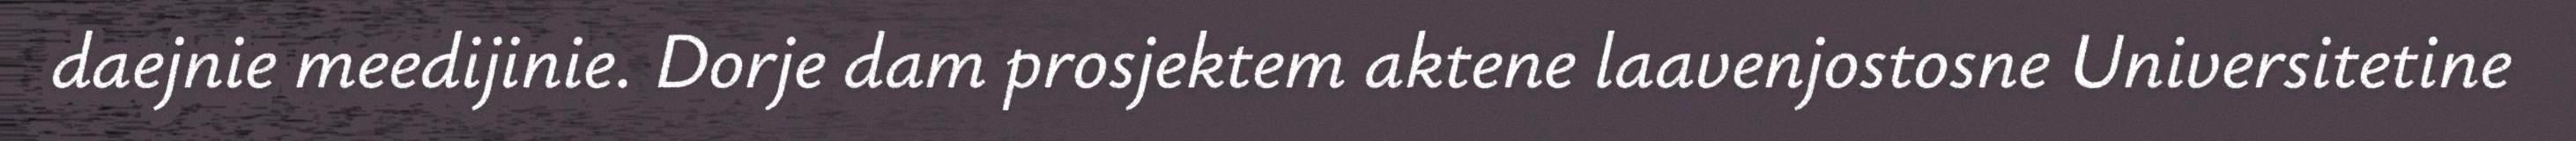
daejnie meedijinie. Dorje dam prosjektem aktene laavenjostosne Universitetine